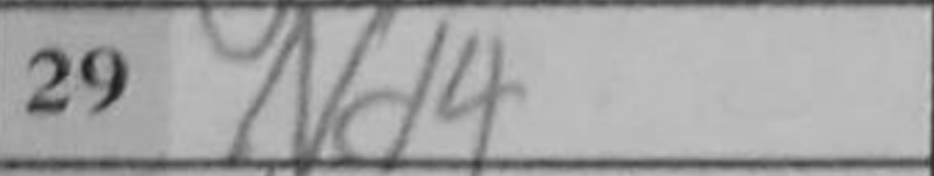
Transcription: Nd4